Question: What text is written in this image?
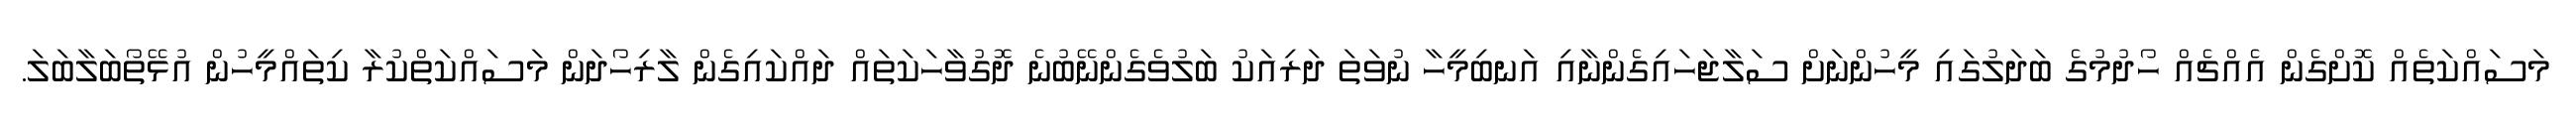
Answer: މަސައްކަތެއް ކޮށްގެން އެއްޗެއް ހޯދުމުގެ ބަދަލުގައި މީހުންނަށް ސަލާޖަހައިގެންނާއި އަނބިމީހާ ނުވަތަ ދަރިއަކު ބަލުވެގެންނޭބުނެ ދޮގުވާހަކަތައް ދައްކައިގެން ލާރިހޯދަން މަސައްކަތްކުރާ ކިތައްމީހުން އުޅޭތޯބަލާބަލަ.